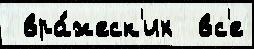
 вра́жеск'их  вс'е